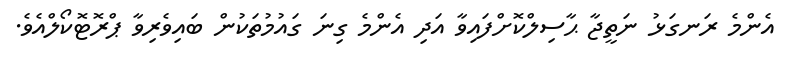
އެންމެ ރަނގަޅު ނަތީޖާ ޙާސިލްކޮށްފައިވާ އަދި އެންމެ ގިނަ ގައުމުތަކުން ބައިވެރިވާ ޕްރޮޓޮކޯލްއެވެ.